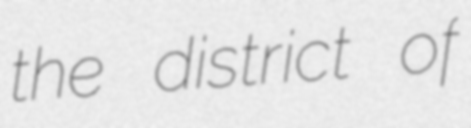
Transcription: the district of